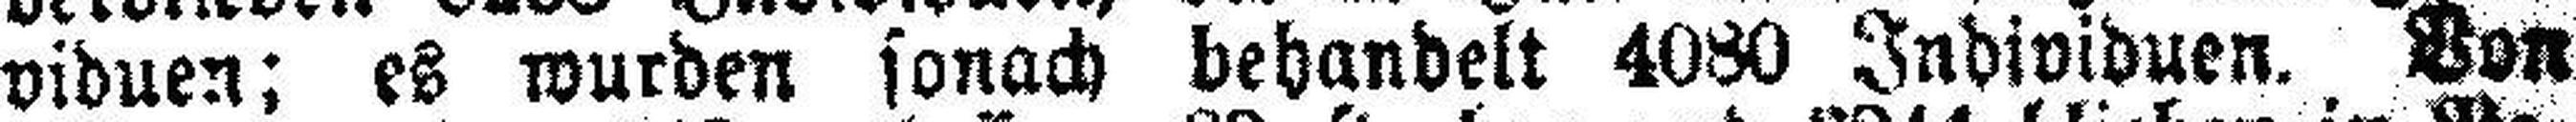
viduen; es wurden sonach behandelt 4080 Individuen. Von